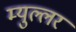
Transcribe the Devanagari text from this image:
म्युल्लर